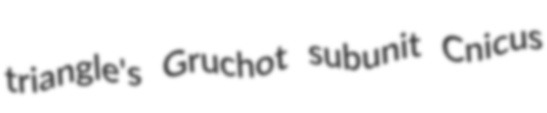
triangle's Gruchot subunit Cnicus